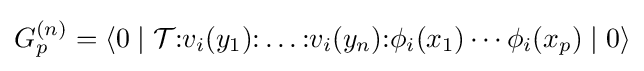
G_{p}^{(n)}=\left\langle 0\mid {\mathcal {T}}{\mathopen {:}}v_{i}(y_{1}){\mathclose {:}}\dots {\mathopen {:}}v_{i}(y_{n}){\mathclose {:}}\phi _{i}(x_{1})\cdots \phi _{i}(x_{p})\mid 0\right\rangle